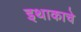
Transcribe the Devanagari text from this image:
इथाकाचे